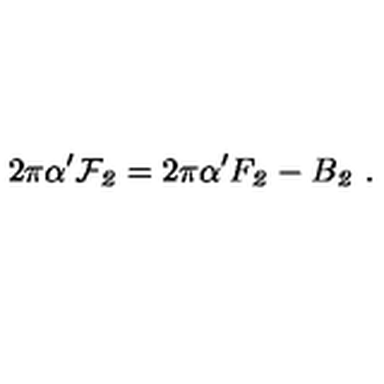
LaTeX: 2 \pi \alpha ^ { \prime } { \cal F } _ { \it 2 } = 2 \pi \alpha ^ { \prime } F _ { \it 2 } - B _ { \it 2 } \ .